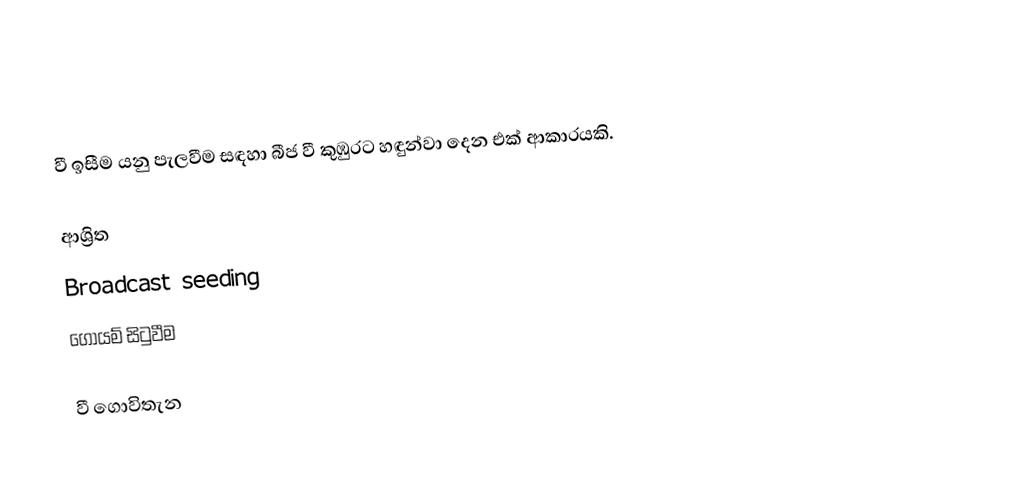
වී ඉසීම යනු පැලවීම සඳහා බීජ වී කුඹුරට හඳුන්වා දෙන එක් ආකාරයකි.

ආශ්‍රිත
 Broadcast seeding
 ගොයම් සිටුවීම

වී ගොවිතැන